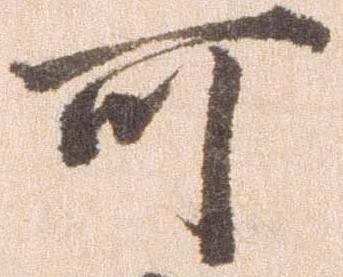
可